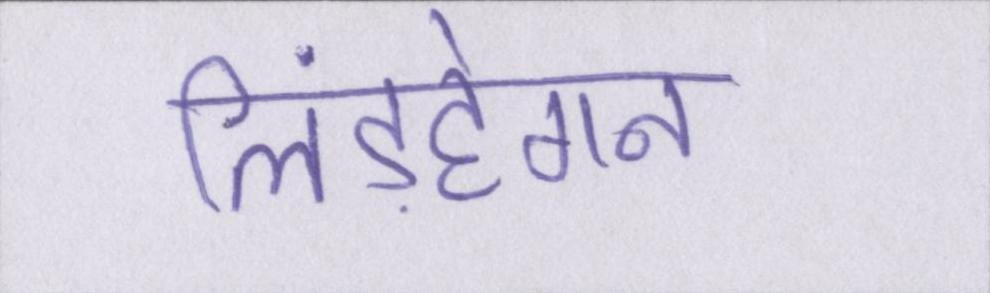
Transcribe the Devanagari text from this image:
लिंडहेगन